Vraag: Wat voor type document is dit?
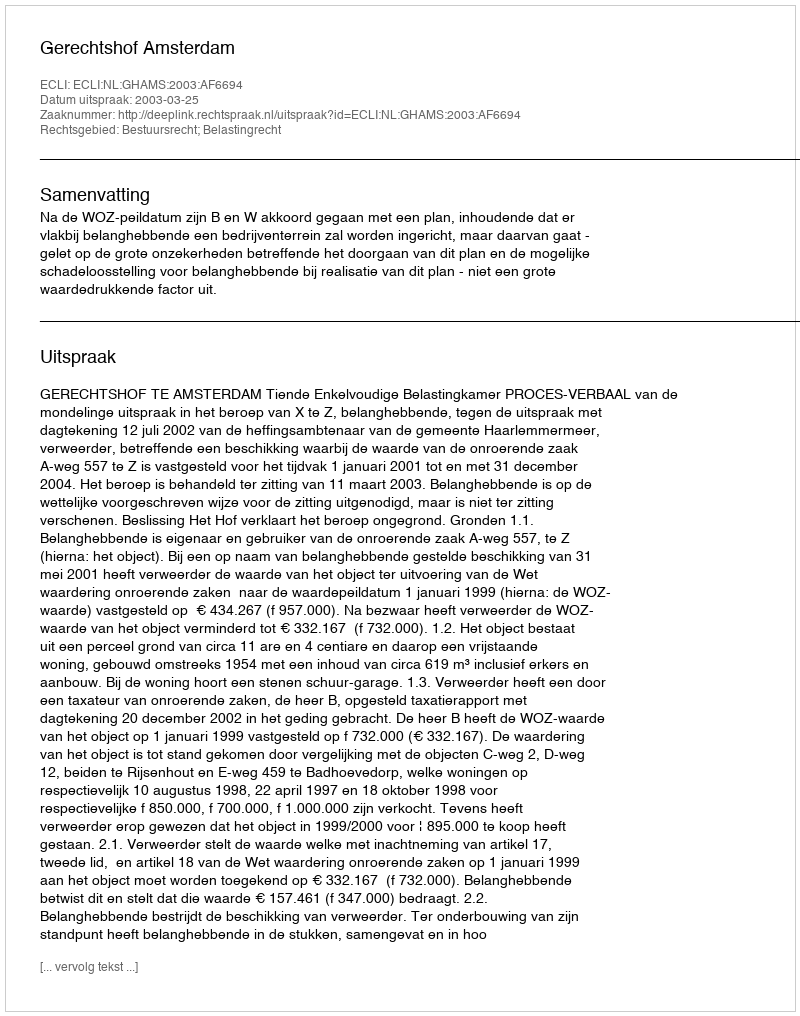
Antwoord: Uitspraak